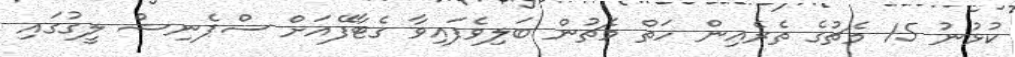
ކުޅުނު 15 މެޗުގެ ތެރެއިން ހަތް މެޗުން ބަލިވެފައިވާ ގެޓާފޭއަށް ސްޕެނިޝް ލީގުގައި